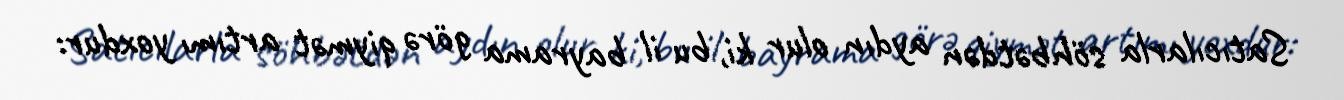
Satıcılarla söhbətdən aydın olur ki, bu il bayrama görə qiymət artımı yoxdur: